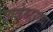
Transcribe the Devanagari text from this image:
लाळेसारख्या